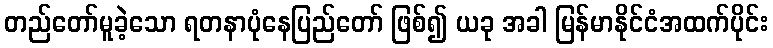
တည်တော်မူခဲ့သော ရတနာပုံနေပြည်တော် ဖြစ်၍ ယခု အခါ မြန်မာနိုင်ငံအထက်ပိုင်း